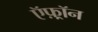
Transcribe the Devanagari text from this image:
ऍफ़्रॉन